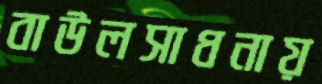
বাউলসাধনায়